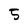
Character: 5